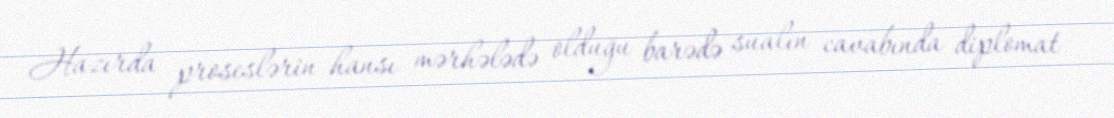
Hazırda proseslərin hansı mərhələdə olduğu barədə sualın cavabında diplomat